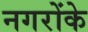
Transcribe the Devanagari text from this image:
नगरोंके